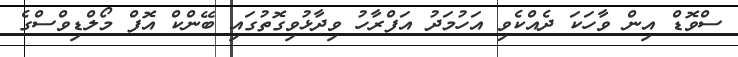
ސްވޮޑް އިން ވާހަކަ ދެއްކެވި އަހުމަދު އަފްރާހު ވިދާޅުވިގޮތުގައި ބޭންކް އޮފް މޯލްޑިވްސްގެ